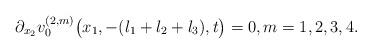
LaTeX: \begin{align*}\partial_{x_2} v^{(2,m)}_0\bigl(x_1, -(l_1+l_2+l_3),t\bigr) = 0, m=1, 2, 3, 4.\end{align*}